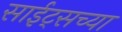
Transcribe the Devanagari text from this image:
साईट्सच्या